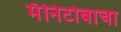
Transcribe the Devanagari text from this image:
मॅनिटोबाचा